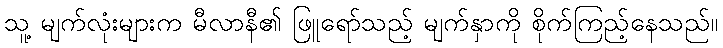
သူ့ မျက်လုံးများက မီလာနီ၏ ဖြူရော်သည့် မျက်နှာကို စိုက်ကြည့်နေသည်။